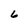
Character: 6